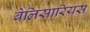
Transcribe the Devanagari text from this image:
बेलिसारियस